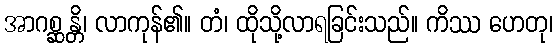
အာဂစ္ဆန္တိ၊ လာကုန်၏။ တံ၊ ထိုသို့လာရခြင်းသည်။ ကိဿ ဟေတု၊